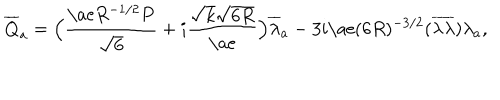
LaTeX: { \overline { { { Q } } } } _ { a } = \Big ( \frac { { \mathrm { \ a e } } R ^ { - 1 / 2 } P } { \sqrt { 6 } } + i \frac { \sqrt { k } \sqrt { 6 R } } { { \mathrm { \ a e } } } \Big ) { \overline { { { \lambda } } } _ { a } } - 3 i { \mathrm { \ a e } } ( 6 R ) ^ { - 3 / 2 } ( { \overline { { { \lambda } } } } { \overline { { { \lambda } } } } ) \lambda _ { a } ,